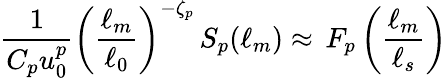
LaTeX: \frac{1}{C_{p}u_{0}^{p}}\left(\frac{\ell_{m}}{\ell_{0}}\right)^{-\zeta_{p}}\, S_{p}(\ell_{m})\approx\, F_{p}\left(\frac{\ell_{m}}{\ell_{s}}\right)